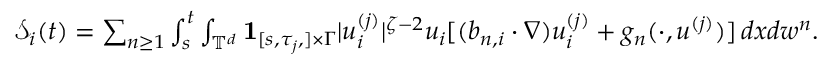
\begin{array} { r } { \mathcal { S } _ { i } ( t ) = \sum _ { n \geq 1 } \int _ { s } ^ { t } \int _ { { \mathbb T } ^ { d } } { { \bf 1 } } _ { [ s , \tau _ { j } , ] \times \Gamma } | u _ { i } ^ { ( j ) } | ^ { \zeta - 2 } u _ { i } [ ( b _ { n , i } \cdot \nabla ) u _ { i } ^ { ( j ) } + g _ { n } ( \cdot , u ^ { ( j ) } ) ] \, d x d w ^ { n } . } \end{array}